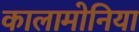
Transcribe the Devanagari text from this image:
कालामोनिया